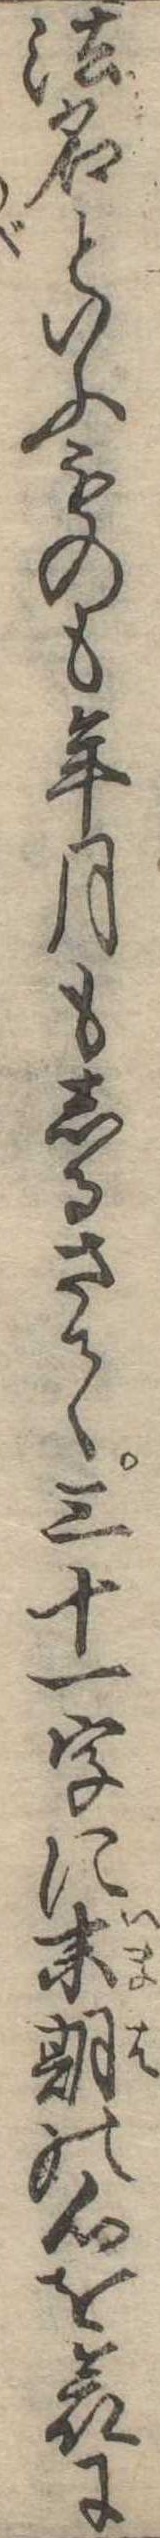
法名といふものも年月もしるさて三十一字に末期の心を哀に